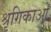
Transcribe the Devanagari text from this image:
श्रृगिकाओं